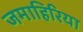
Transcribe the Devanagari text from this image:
जमाहिरिया